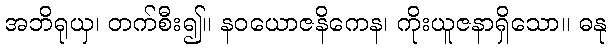
အဘိရုယှ၊ တက်စီး၍။ နဝယောဇနိကေန၊ ကိုးယူဇနာရှိသော။ ဓနု